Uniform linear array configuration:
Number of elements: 32
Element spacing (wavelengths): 0.75
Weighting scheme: exponential
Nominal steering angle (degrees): -60
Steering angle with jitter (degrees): -60.232
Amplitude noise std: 0.05
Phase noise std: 0.05

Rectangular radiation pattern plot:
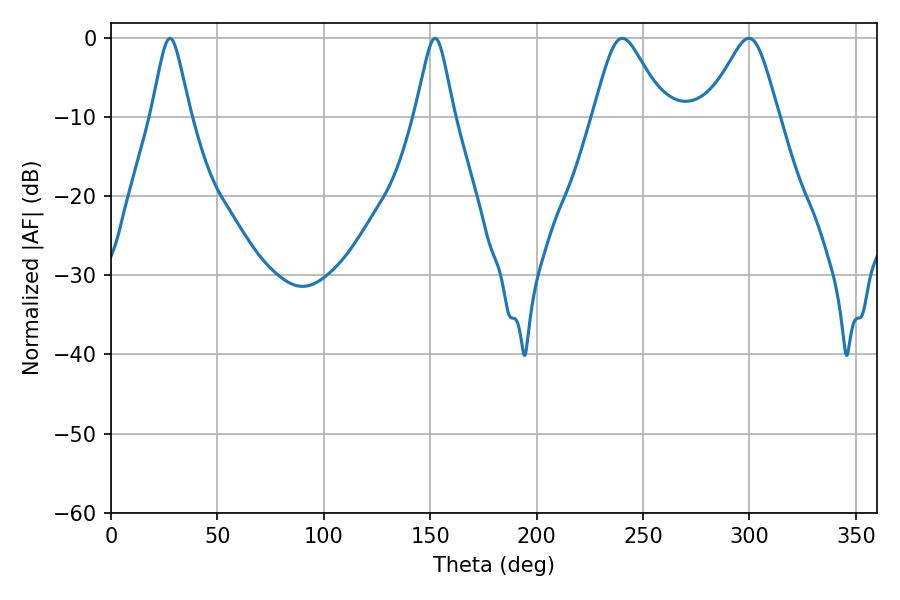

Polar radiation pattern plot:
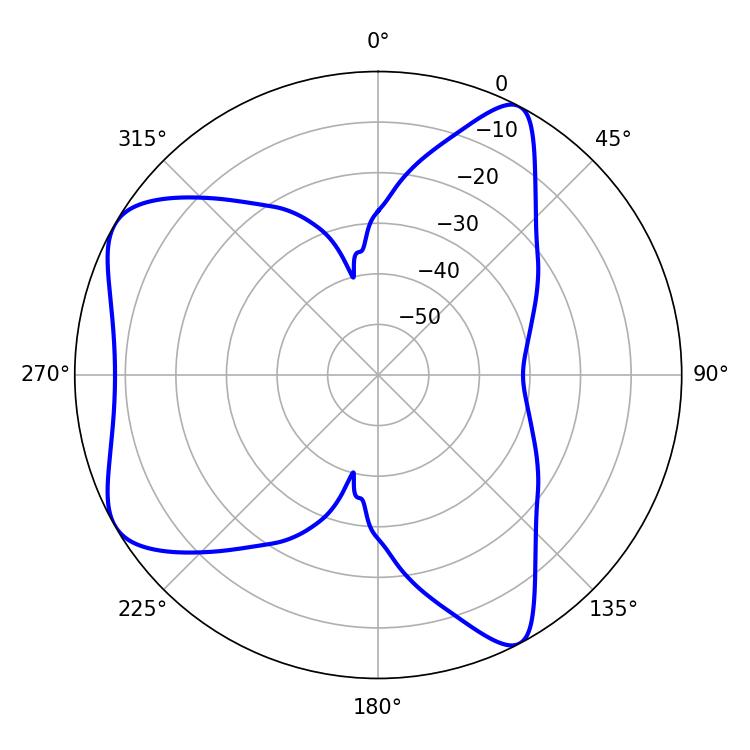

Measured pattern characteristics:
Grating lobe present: TRUE
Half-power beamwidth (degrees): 8.82
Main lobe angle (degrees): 27.72